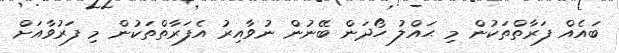
ބައެއް ފަރާތްތަކުން މި ޙައްލު ހޯދަން ބޭނުން ނުވާއިރު އެފަރާތްތަކުން މި ފަރުވާއަށް